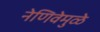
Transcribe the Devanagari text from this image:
नेणिवेमुळे